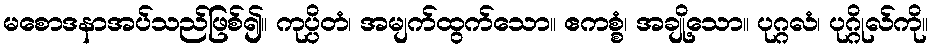
မစောဒနာအပ်သည်ဖြစ်၍။ ကုပ္ပိတံ၊ အမျက်ထွက်သော။ ဧကစ္စံ၊ အချို့သော။ ပုဂ္ဂလံ၊ ပုဂ္ဂိုလ်ကို။